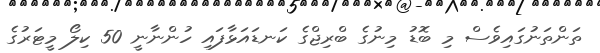
ތަންތަނުގައިވެސް މި ބޮޑު މިނުގެ ބްރިޖްގެ ކަނޑައަޅާފައި ހުންނާނީ 50 ކިލޯ މީޓަރުގެ